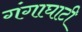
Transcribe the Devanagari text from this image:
गंगाघाटी